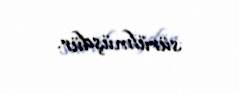
sürülmüşdür.